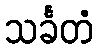
သင်္ခတံ